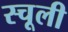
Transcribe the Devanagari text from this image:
स्चूली